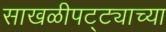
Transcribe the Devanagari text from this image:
साखळीपट्ट्याच्या